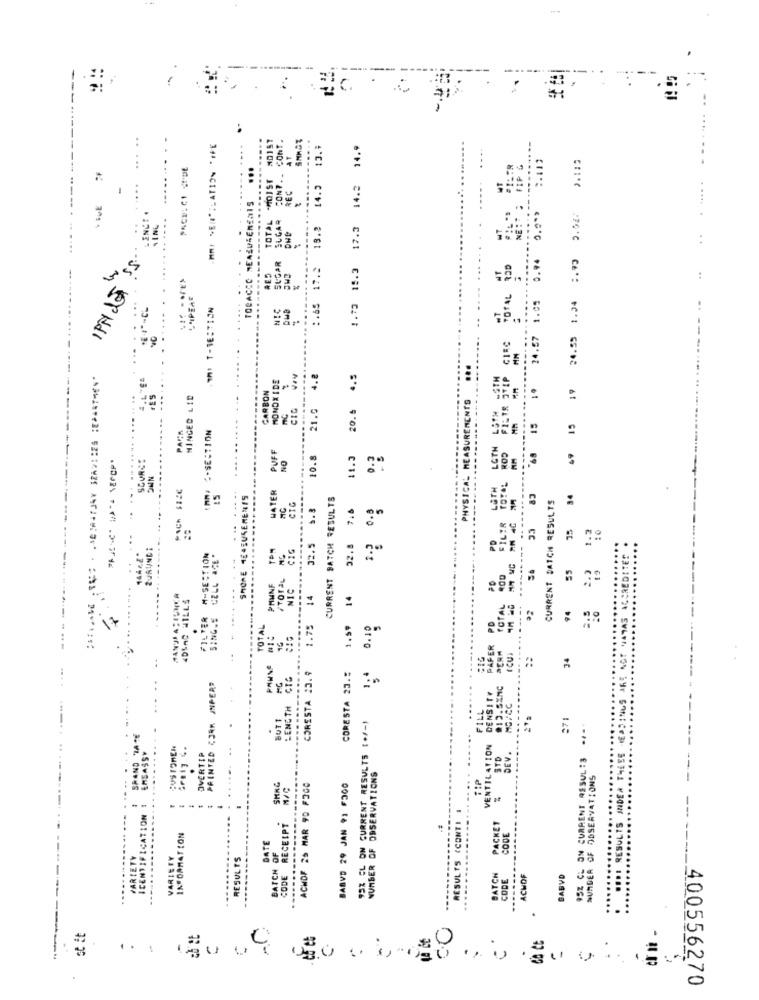
1
..
MAY %EN";LATION *IFE
AT
SMAGT
13.4
14.9
.. .
24.55 1.04 :. 99 3.52: ).1:3
PACE: CI SPDE
...
......
TOTAL "MOIST
CONT ..
REC
14.3
14.2
----
TOBACCO MEASUREMENTS
LENCE 4
...
SUGAR
..
19.2
17.3
..
SUGAR
TOTAL POD
0.94
IPN LET SS.
:65 17.2
15.3
:
L'PERE
1.73
24.57 1.05
.9MI T-RESTIJN
NIC
MONOXIDE
4.8
1º
HINGED LID
CARBON
PHYSICAL MEASUREMENTS
CIG
21.0
20.5
---
=
.........
C-SECTION
15
15
PUFF
LGTH
ROD
SCORES
NO
10.8
1.3
0.3
......
OWN
12€
WATER
LOTH
15
SHORE MEASUREMENTS
-....
---
CURRENT BATCH RESULTS
CURRENT DAICH RESULTS
34
CIG
5.8
POCh
FILTR
33
10
32.5
22.8
PD
1.3
14År.8*
---
M-SECTION
CELL ACE-
CREDITE
.....
PHUNF
NIC
4DIAC HILLS
14
14
TOTAL
94
FILTER
SING.S
ATAS
17
TOTAL
-...
.75
1.59
0.10
PD
19
CUI
34
CORESTA 23.9
CORESTA 23 .:
ENETH CTC
....
PRINTED CORK JNPER"
913.5%NC
DENSITY
FILL
MG/CC
BUTT
371
93% CL ON CURRENT RESULTS (+/-)
95Z CL ON CURRENT ASSUL:3 ****
SRAND TATE
EMBASSY
CUSTOMER
VENTILATION
OVERTIP
DEV.
----
NUMBER OF OBSERVATIONS
NUMBER OF ODSERVATIONS
ACHOF 25 MAR 90 FOGO
BABVD 29 JAN 91 F300
ICENTIFICATION
RECEIPT
RESULTS (CONT).
.....
PACKET
1%*DAMATION
DATE
CODE
VARIETY
VARIETY
RESULTS
BATCH OF
BATCH
CODE
ACHOF
BABVD
.....
.....
...
00
st it
-
C.
.
.
400556270